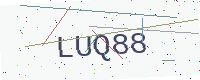
Text: LUQ88